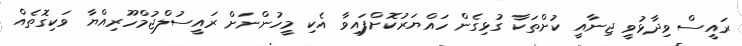
ރައީސް ވިދާޅުވީ ޖިނާއީ ކުށްތަކާ ގުޅިގެން ހައްޔަރުކޮށްފައިވާ އެކި މީހުންނަށް ރައީސުލްޖުމްހޫރިއްޔާ ވަކިގޮތެއް